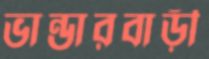
ভান্ডারবাড়ী